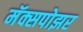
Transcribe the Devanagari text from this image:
मॅक्सपोझर